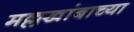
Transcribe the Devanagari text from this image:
मल्लखांबाच्या